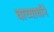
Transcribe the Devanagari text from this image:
वाच्यार्थाने